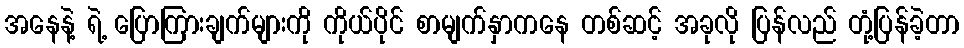
အနေနဲ့ ရဲ့ ပြောကြားချက်များကို ကိုယ်ပိုင် စာမျက်နှာကနေ တစ်ဆင့် အခုလို ပြန်လည် တုံ့ပြန်ခဲ့တာ